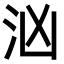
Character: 汹